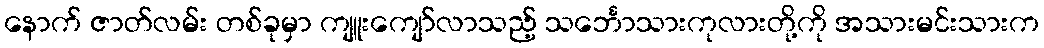
နောက် ဇာတ်လမ်း တစ်ခုမှာ ကျူးကျော်လာသည့် သင်္ဘောသားကုလားတို့ကို အသားမင်းသားက